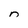
Character: n